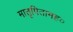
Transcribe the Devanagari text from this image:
मातृपितामह०